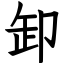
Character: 卸